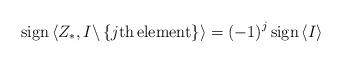
LaTeX: \begin{align*}{\rm sign}\left\langle Z_{*},I\backslash\left\{ j{\rm th}\,{\rm element}\right\} \right\rangle =\left(-1\right)^{j}{\rm sign}\left\langle I\right\rangle \end{align*}